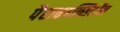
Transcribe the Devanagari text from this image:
पैराकाल्सिटॉल